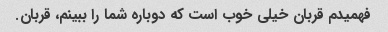
فهمیدم قربان خیلی خوب است که دوباره شما را ببینم، قربان.